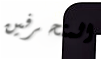
المنحرفين